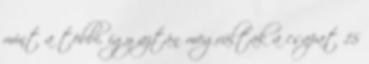
mint a többi, így aztán megváltak a csapat 15